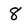
Character: 8